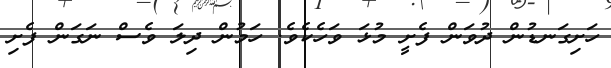
ހަށިގަނޑުން ދުވަން ފެށީ މުޅަ ވަހެކެވެ. ހަމުން ދިލަ ވެސް ނަގަން ފެށި